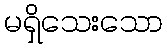
မရှိသေးသော